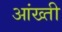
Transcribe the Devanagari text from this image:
आंख्ती